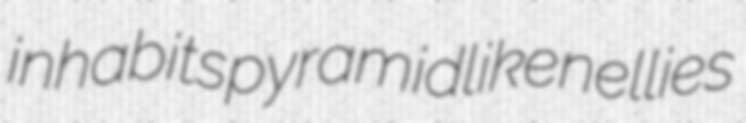
inhabits pyramidlike nellies